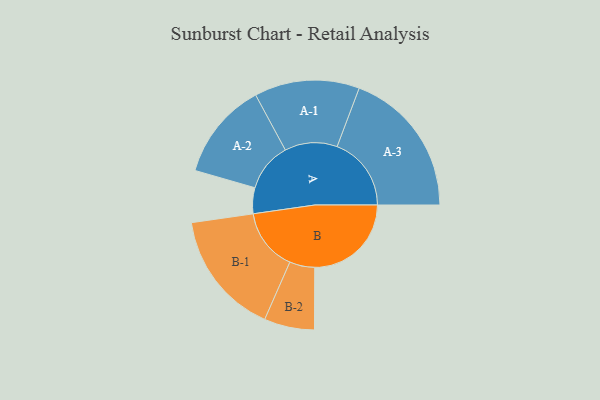
{"axis": {"x": "Segment", "y": "Value"}, "legend": ["", "A", "B"], "data": [{"x": "A", "y": 104, "type": ""}, {"x": "B", "y": 388, "type": ""}, {"x": "A-1", "y": 211, "type": "A"}, {"x": "A-2", "y": 196, "type": "A"}, {"x": "A-3", "y": 298, "type": "A"}, {"x": "B-1", "y": 250, "type": "B"}, {"x": "B-2", "y": 101, "type": "B"}]}